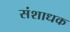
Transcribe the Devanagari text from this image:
संशाधक